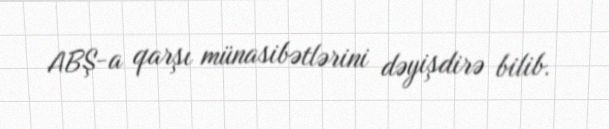
ABŞ-a qarşı münasibətlərini dəyişdirə bilib.